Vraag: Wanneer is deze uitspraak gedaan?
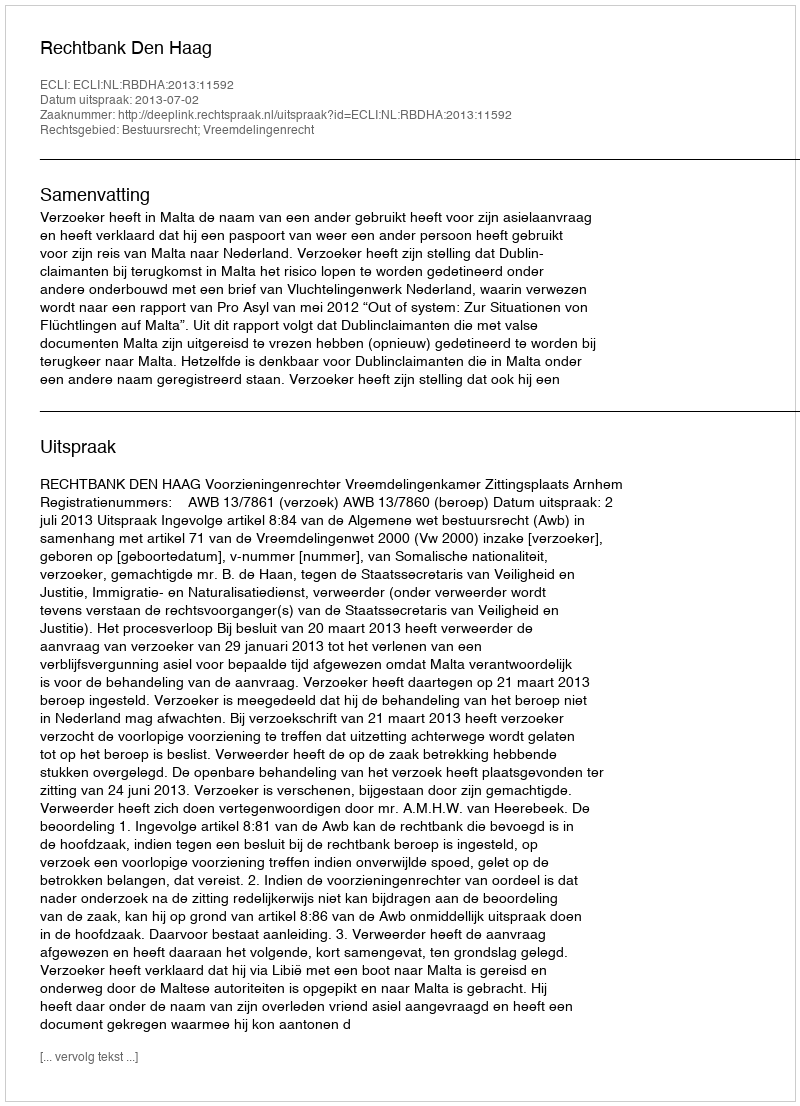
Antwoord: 2013-07-02